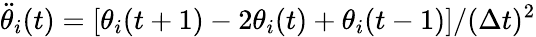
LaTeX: \ddot{\theta}_{i}(t)=[\theta_{i}(t+1)-2\theta_{i}(t)+\theta_{i}(t-1)]/(\Delta t)^{2}